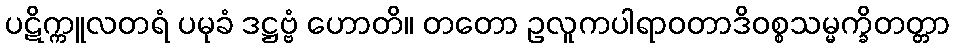
ပဋိက္ကူလတရံ ပမုခံ ဒဋ္ဌဗ္ဗံ ဟောတိ။ တတော ဥလူကပါရာဝတာဒိဝစ္စသမ္မက္ခိတတ္တာ